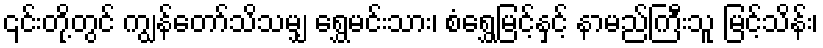
၎င်းတို့တွင် ကျွန်တော်သိသမျှ ရွှေမင်းသား၊ စံရွှေမြင့်နှင့် နာမည်ကြီးသူ မြင့်သိန်း၊